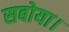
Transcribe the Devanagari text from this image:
सबोया।